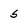
Character: s